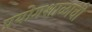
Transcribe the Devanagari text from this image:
प्रयोगशाळांची